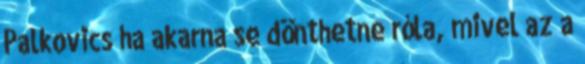
Palkovics ha akarna se dönthetne róla, mivel az a